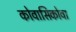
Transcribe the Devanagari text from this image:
कोवासिकोवा